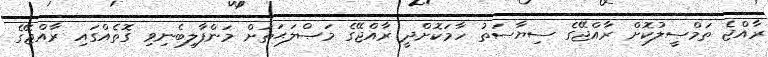
ރާއްޖެ ތަމްސީލުކޮށް ރާއްޖޭގެ ސިޔާސަތު ހާމަކޮށްދީ ރާއްޖޭގެ މަޞްލަޙަތަށް މަންފާލިބެނިވި ގޮތެއްގައި ރާއްޖޭގެ